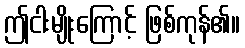
ဤငါးမျိုးကြောင့် ဖြစ်ကုန်၏။